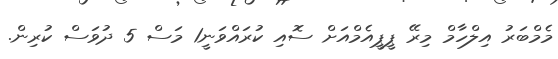
މެމްބަރު އިލްހާމް މިރޭ ޕީޕީއެމްއަށް ސޮއި ކުރައްވަނީ1 މަސް 5 ދުވަސް ކުރިން.